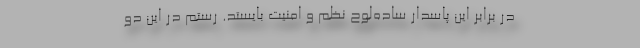
در برابر این پاسدارِ ساده‌لوحِ نظم و امنیت بایستد. رستم در این دو